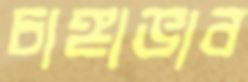
চাঙ্গাভাব